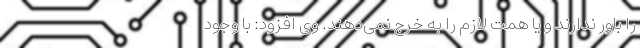
را باور ندارند و یا همت لازم را به خرج نمی‌دهند. وی افزود: با وجود